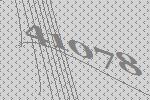
41078